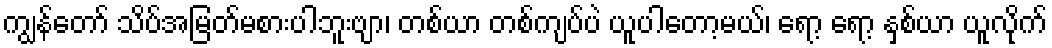
ကျွန်တော် သိပ်အမြတ်မစားပါဘူးဗျာ၊ တစ်ယာ တစ်ကျပ်ပဲ ယူပါတော့မယ်၊ ရော့ ရော့ နှစ်ယာ ယူလိုက်